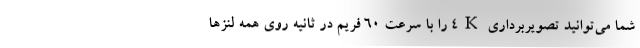
شما می‌توانید تصویربرداری 4K را با سرعت 60 فریم در ثانیه روی همه لنزها